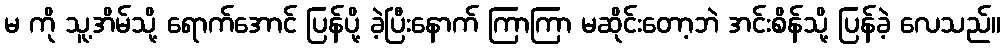
မ ကို သူ့အိမ်သို့ ရောက်အောင် ပြန်ပို့ ခဲ့ပြီးနောက် ကြာကြာ မဆိုင်းတော့ဘဲ အင်းစိန်သို့ ပြန်ခဲ့ လေသည်။